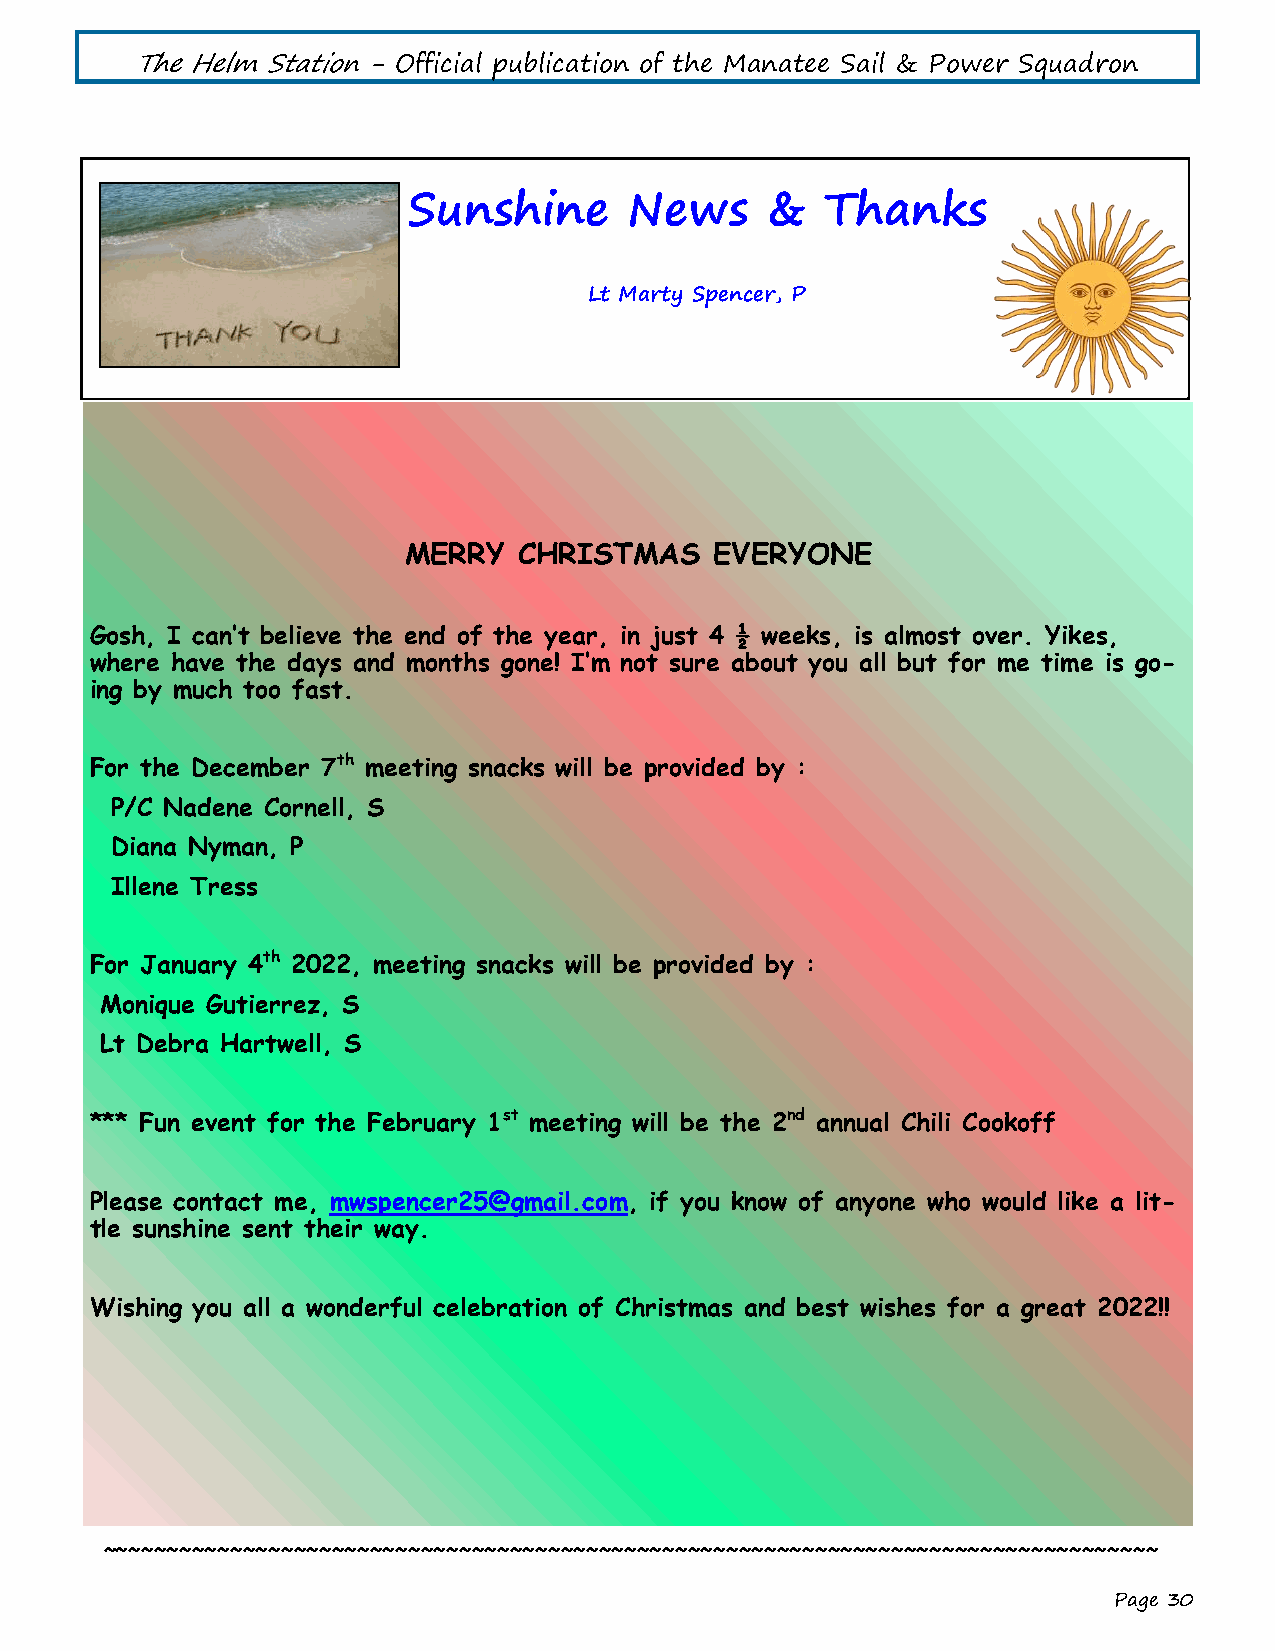
The Helm Station - Official publication of the Manatee Sail & Power Squadron
 Sunshine       News     &   Thanks
 Lt Marty Spencer, P
 MERRY  CHRISTMAS    EVERYONE
 Gosh, I can’t believe the end of the year, in just 4 ½ weeks, is almost over. Yikes,
 where have the days and months gone! I’m not sure about you all but for me time is go-
 ing by much too fast.
 For the December 7th meeting snacks will be provided by :
 P/C Nadene Cornell, S
 Diana Nyman, P
 Illene Tress
 For January 4th 2022, meeting snacks will be provided by :
 Monique Gutierrez, S
 Lt Debra Hartwell, S
 *** Fun event for the February 1st meeting will be the 2nd annual Chili Cookoff
 Please contact me, mwspencer25@gmail.com, if you know of anyone who would like a lit-
 tle sunshine sent their way.
 Wishing you all a wonderful celebration of Christmas and best wishes for a great 2022!!
 ~~~~~~~~~~~~~~~~~~~~~~~~~~~~~~~~~~~~~~~~~~~~~~~~~~~~~~~~~~~~~~~~~~~~~~~~~~~~~~~~~~~
 Page 30